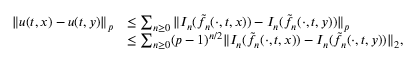
\begin{array} { r l } { \Vert u ( t , x ) - u ( t , y ) \Vert _ { p } } & { \le \sum _ { n \geq 0 } \Vert I _ { n } ( \tilde { f _ { n } } ( \cdot , t , x ) ) - I _ { n } ( \tilde { f _ { n } } ( \cdot , t , y ) ) \Vert _ { p } } \\ & { \le \sum _ { n \geq 0 } ( p - 1 ) ^ { n / 2 } \Vert I _ { n } ( \tilde { f _ { n } } ( \cdot , t , x ) ) - I _ { n } ( \tilde { f _ { n } } ( \cdot , t , y ) ) \Vert _ { 2 } , } \end{array}